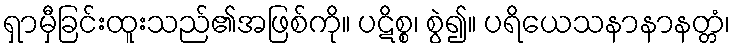
ရှာမှီခြင်းထူးသည်၏အဖြစ်ကို။ ပဋိစ္စ၊ စွဲ၍။ ပရိယေသနာနာနတ္တံ၊